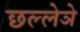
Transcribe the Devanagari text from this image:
छल्लेञे